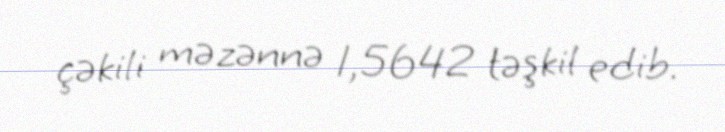
çəkili məzənnə 1,5642 təşkil edib.